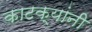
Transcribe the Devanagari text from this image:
काटक्यांनी